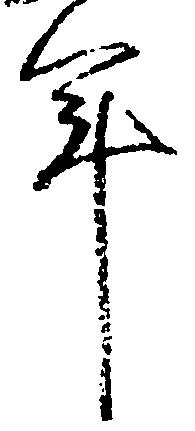
年